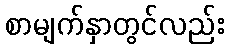
စာမျက်နှာတွင်လည်း